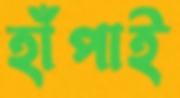
হাঁপাই